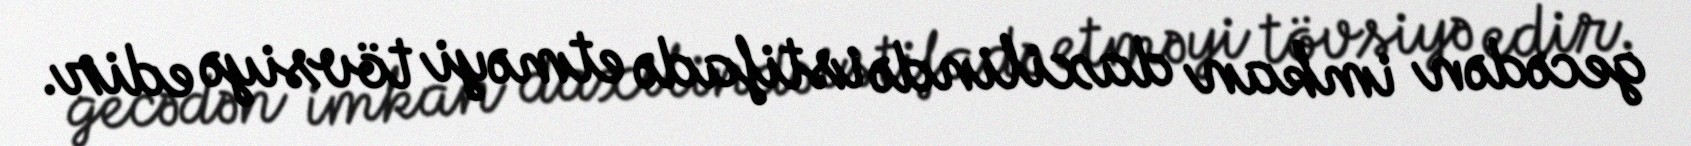
gecədən imkan daxilində istifadə etməyi tövsiyə edir.